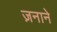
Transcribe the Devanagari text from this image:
ज़नाने